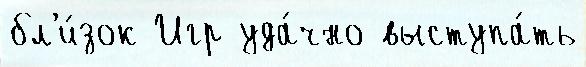
бл'и́зок Игр уда́чно выступа́ть